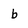
Character: b